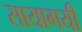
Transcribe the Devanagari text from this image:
सायागयी